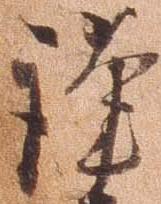
謹